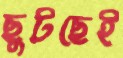
ছুটছেই